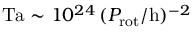
\mathrm { T a } \sim 1 0 ^ { 2 4 } \, ( P _ { \mathrm { r o t } } / \mathrm { h } ) ^ { - 2 }